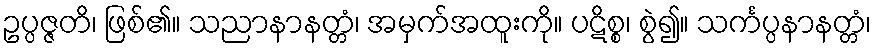
ဥပ္ပဇ္ဇတိ၊ ဖြစ်၏။ သညာနာနတ္တံ၊ အမှက်အထူးကို။ ပဋိစ္စ၊ စွဲ၍။ သင်္ကပ္ပနာနတ္တံ၊